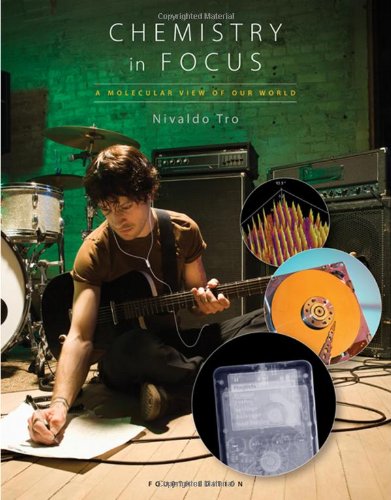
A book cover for Chemistry in Focus: A Molecular View of Our World (Available Titles OWL); Nivaldo J. Tro; Science & Math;